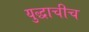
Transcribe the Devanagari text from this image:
युद्धाचीच